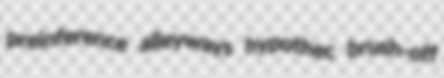
preinference alleyways hypothec brush-off